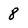
Character: 8